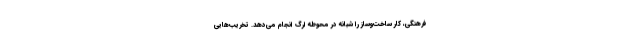
فرهنگی، کار ساخت‌وساز را شبانه در محوطه ارگ انجام می‌دهد. تخریب‌هایی